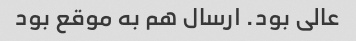
عالی بود. ارسال هم به موقع بود